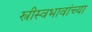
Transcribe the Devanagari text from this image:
स्त्रीस्वभावांच्या